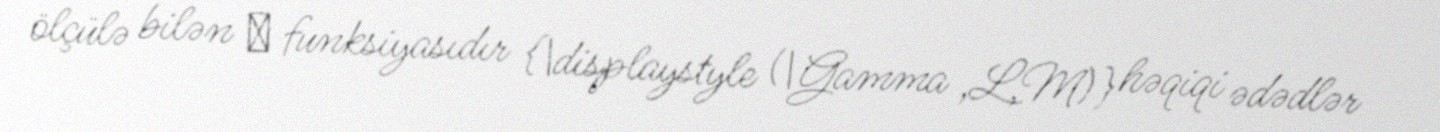
ölçülə bilən ξ funksiyasıdır {\displaystyle (\Gamma ,L,M)} həqiqi ədədlər